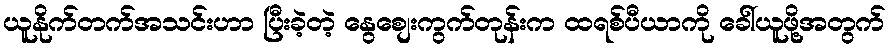
ယူနိုက်တက်အသင်းဟာ ပြီးခဲ့တဲ့ နွေစျေးကွက်တုန်းက ထရစ်ပီယာကို ခေါ်ယူဖို့အတွက်